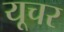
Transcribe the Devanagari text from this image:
यूचर